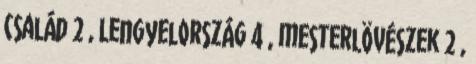
család 2 , Lengyelország 4 , mesterlövészek 2 ,